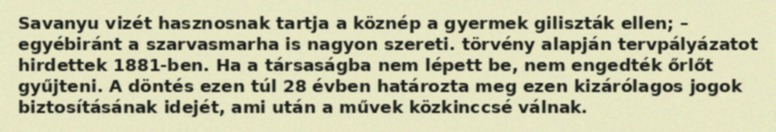
Savanyu vizét hasznosnak tartja a köznép a gyermek giliszták ellen; – egyébiránt a szarvasmarha is nagyon szereti. törvény alapján tervpályázatot hirdettek 1881-ben. Ha a társaságba nem lépett be, nem engedték őrlőt gyűjteni. A döntés ezen túl 28 évben határozta meg ezen kizárólagos jogok biztosításának idejét, ami után a művek közkinccsé válnak.